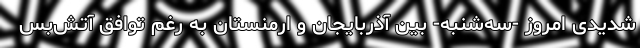
شدیدی امروز -سه‌شنبه- بین آذربایجان و ارمنستان به رغم توافق آتش‌بس